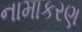
નામાકરણ